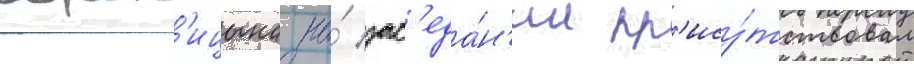
ворон'ицына на́ зас'еда́н'ии пр'ису́тствовал